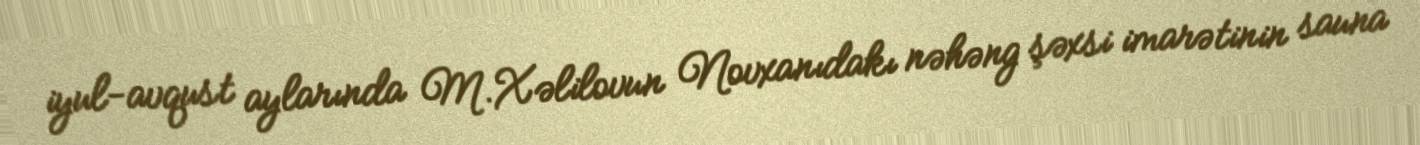
iyul-avqust aylarında M.Xəlilovun Novxanıdakı nəhəng şəxsi imarətinin sauna